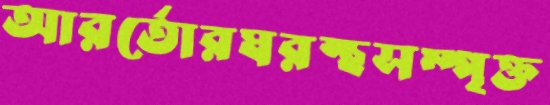
আরর্তোরঘরস্থসম্পৃক্ত